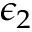
\epsilon _ { 2 }